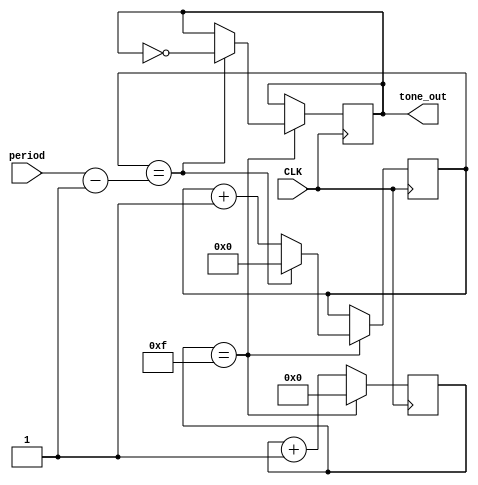
module tone(
    input CLK,
    input[31:0] period, // microseconds 
    output reg tone_out
    );

parameter CLK_F = 32; // CLK freq in MHz

reg [5:0] prescaler = 0; 
reg [31:0] counter = 0;

always @(posedge CLK)
begin
  prescaler <= prescaler + 1;
  if (prescaler == CLK_F / 2 - 1) 
  begin
    prescaler <= 0;
    counter <= counter + 1;
    if (counter == period - 1)
    begin
      counter <= 0;
      tone_out <= ~ tone_out;
    end		
  end  
end

endmodule